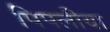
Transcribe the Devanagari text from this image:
पिपलीया